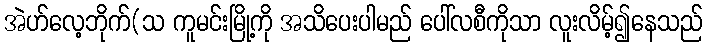
အဲဟ်လေ့ဘိုက်(သ ကူမင်းမြို့ကို အသိပေးပါမည် ပေါ်လစီကိုသာ လူးလိမ့်၍နေသည်